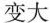
变大